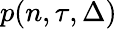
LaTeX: p(n,\tau,\Delta)